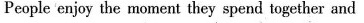
People enjoy the moment they spend together and